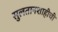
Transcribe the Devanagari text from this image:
सुलतानशाहीची